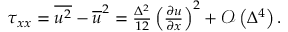
\begin{array} { r } { \tau _ { x x } = \overline { { { u ^ { 2 } } } } - \overline { { { u } } } ^ { 2 } = \frac { \Delta ^ { 2 } } { 1 2 } \left( \frac { \partial u } { \partial x } \right) ^ { 2 } + \mathcal { O } \left( \Delta ^ { 4 } \right) . } \end{array}